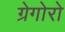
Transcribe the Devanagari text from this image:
ग्रेगोरो